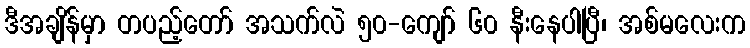
ဒီအချိန်မှာ တပည့်တော် အသက်လဲ ၅၀-ကျော် ၆၀ နီးနေပါပြီ၊ အစ်မလေးက